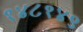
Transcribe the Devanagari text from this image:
१४८१४९